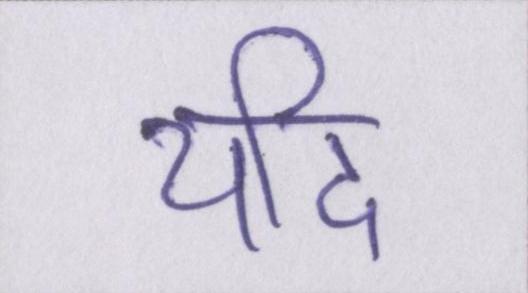
यदि